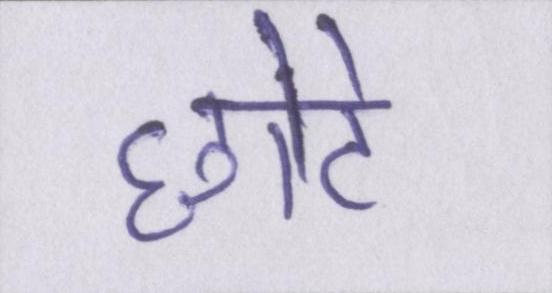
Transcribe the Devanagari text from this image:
छोटे